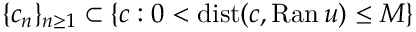
\{ c _ { n } \} _ { n \geq 1 } \subset \{ c : 0 < \mathrm { d i s t } ( c , \mathrm { R a n } \, u ) \leq M \}